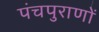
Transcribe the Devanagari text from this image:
पंचपुराणों